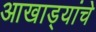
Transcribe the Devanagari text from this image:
आखाड्यांचे